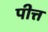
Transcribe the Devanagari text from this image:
पीत्त